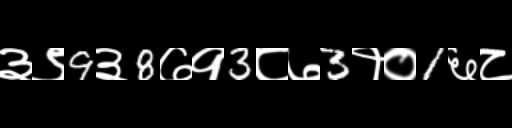
Text: ३९9३8७१3८७3१०1६८